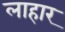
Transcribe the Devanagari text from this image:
लाहार